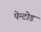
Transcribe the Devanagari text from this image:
पेन्टोड